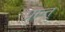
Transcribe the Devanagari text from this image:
प्रान्त्